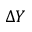
\Delta Y